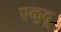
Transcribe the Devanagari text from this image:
एळुदू